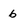
Character: 6